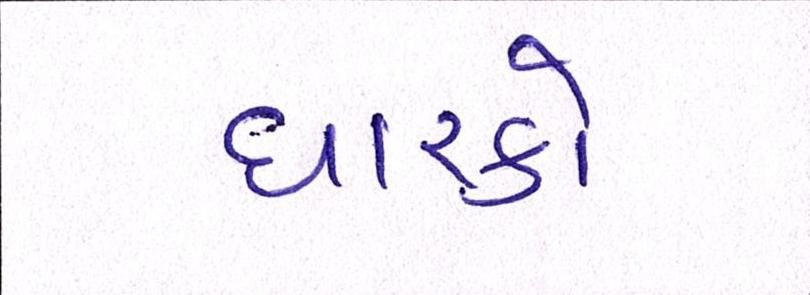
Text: ધારકો